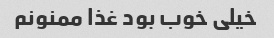
خیلی خوب بود غذا ممنونم